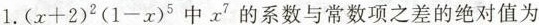
1. $$( x + 2 ) ^ { 2 } ( 1 - x ) ^ { 5 }$$ 中 x^{7} 的系数与常数项之差的绝对值为